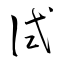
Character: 試